King Institute of Preventive Medicine Micro-Biological Section reports 1912-19
Year: 1912
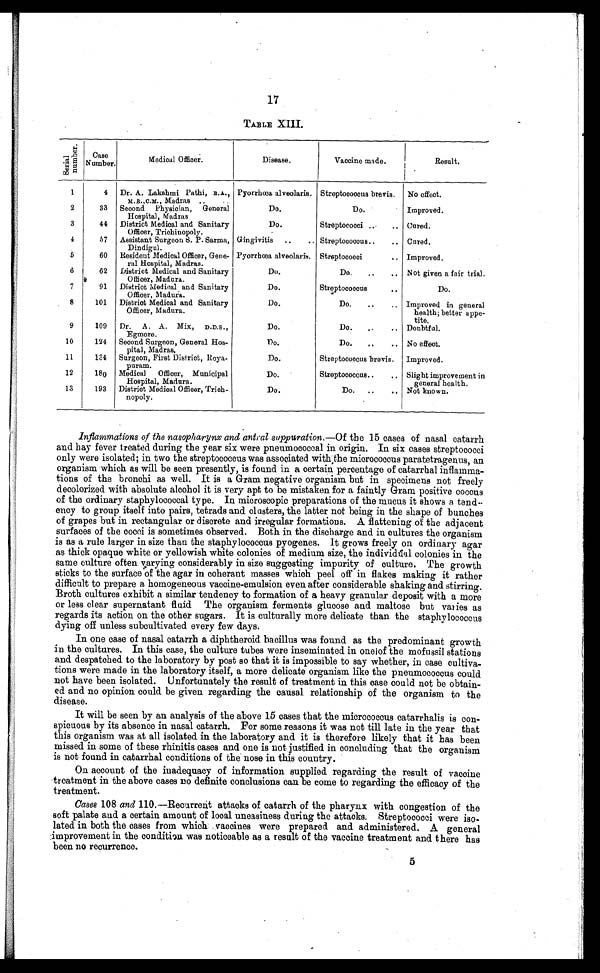
17
TABLE XIII.
S e r i a l n u m b e r .
Case
Number.
Medical Officer.
Disease.
Vaccine made.
Result.
1
4
Dr. A. Lakshmi Pathi, B.A.,
M.B.,C.M., Madras . . .
Pyorrhœa alveolaris. Streptococcus brevis.
No effect.
2
33
Second Physician, General
Hospital, Madras
Do.
Do.
Improved.
3
44
District Medical and Sanitary
Officer, Trichinopoly.
Do.
Streptococci . . . Cured.
4
57
Assistant Surgeon S. P. Sarma,
Dindigul.
Gingivitis . . . Streptococcus . . . Cured.
5
60
Resident Medical Officer, Gene-
ral Hospital, Madras.
Pyorrhœa alveolaris. Streptococci . . . Improved.
6
62
District Medical and Sanitary
Officer, Madura.
Do.
Do. . . .
N ot given a fair trial.
7
91
District Medical and Sanitary
Officer, Madura.
Do.
Streptococcus . . .
Do.
8
101
District Medical and Sanitary
Officer, Madura.
Do.
Do. . . . Improved in general
health; better appe
-
tite.
9
109
Dr. A. A. Mix, D.D.S.,
Egmore.
Do.
Do. . . . Doubtful.
10
124
Second Surgeon, General Hos-
pital, Madras.
Do.
Do. . . . No effect.
11
134
Surgeon, First District, Roya-
puram.
Do.
Streptococcus brevis.
Improved.
12
180
Medical Officer, Municipal
Hospital, Madura.
Do.
Streptococcus . . . Slight improvement in
general health.
13
193
District Medical Officer, Trich-
nopoly.
Do.
Do. . . . Not known.
Inflammations of the nasopharynx and antral suppuration.— Of the 15 cases of nasal catarrh
and hay fever treated during the year six were pneumococcal in origin. In six cases streptococci
only were isolated; in two the streptococcus was associated with the micrococcus paratetragenus, an
organism which as will be seen presently, is found in a certain percentage of catarrhal inflamma
- t i o n s o f t h e b r o n c h i a s w e l l . I t i s a G r a m n e g a t i v e o r g a n i s m b u t i n s p e c i m e n s n o t f r e e l y
decolorized with absolute alcohol it is very apt to be mistaken for a faintly Gram positive coccus
of the ordinary staphylococcal type. In microscopic preparations of the mucus it shows a tend
- e n c y t o g r o u p i t s e l f i n t o p a i r s , t e t r a d s a n d c l u s t e r s , t h e l a t t e r n o t b e i n g i n t h e s h a p e o f b u n c h e s
of grapes but in rectangular or discrete and irregular formations. A flattening of the adjacent
surfaces of the cocci is sometimes observed. Both in the discharge and in cultures the organism
is as a rule larger in size than the staphylococcus pyogenes. It grows freely on ordinary agar
as thick opaque white or yellowish white colonies of medium size, the individual colonies in the
same culture often varying considerably in size suggesting impurity of culture. The growth
sticks to the surface of the agar in coherant masses which peel off in flakes making it rather
difficult to prepare a homogeneous vaccine-emulsion even after considerable shaking and stirring.
Broth cultures exhibit a similar tendency to formation of a heavy granular deposit with a more
or less clear supernatant fluid The organism ferments glucose and maltose but varies as
regards its action on the other sugars. It is culturally more delicate than the staphylococcus
d y i n g o f f u n l e s s s u b e u l t i v a t e d e v e r y f e w d a y s .
In one case of nasal catarrh a diphtheroid bacillus was found as the predominant growth
in the cultures. In this case, the culture tubes were inseminated in one of the mofussil stations
and despatched to the laboratory by post so that it is impossible to say whether, in case cultiva
- t i o n s w e r e m a d e i n t h e l a b o r a t o r y i t s e l f , a m o r e d e l i c a t e o r g a n i s m l i k e t h e p n e u m o c o c c u s c o u l d
not have been isolated. Unfortunately the result of treatment in this case could not be obtain
- e d a n d n o o p i n i o n c o u l d b e g i v e n r e g a r d i n g t h e c a u s a l r e l a t i o n s h i p o f t h e o r g a n i s m t o t h e
disease.
It will be seen by an analysis of the above 15 cases that the micrococcus catarrhalis is con
- s p i c u o u s b y i t s a b s e n c e i n n a s a l c a t a r r h . F o r s o m e r e a s o n s i t w a s n o t t i l l l a t e i n t h e y e a r t h a t
this organism was at all isolated in the laboratory and it is therefore likely that it has been
missed in some of these rhinitis cases and one is not justified in concluding that the organism
is not found in catarrhal conditions of the nose in this country.
On account of the inadequacy of information supplied regarding the result of vaccine
treatment in the above cases no definite conclusions can be come to regarding the efficacy of the
treatment.
Cases 108 and 110.—Recurrent attacks of catarrh of the pharynx with congestion of the
soft palate and a certain amount of local uneasiness during the attacks. Streptococci were iso
-lated in both the cases from which vaccines were prepared and administered. A general
improvement in the condition was noticeable as a result of the vaccine treatment and there has
been no recurrence.
5